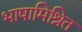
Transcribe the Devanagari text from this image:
भाषामिश्रित